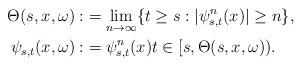
LaTeX: \begin{align*} \Theta(s,x,\omega):&=\lim_{n\rightarrow\infty}\{t\geq s:|\psi_{s,t}^n(x)|\geq n\}, \\\psi_{s,t}(x,\omega):&=\psi_{s,t}^n(x) t\in[s, \Theta(s,x,\omega)).\end{align*}